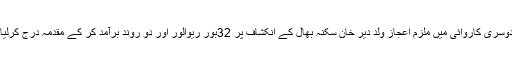
دوسری کاروائی میں ملزم اعجاز ولد دیر خان سکنہ بھال کے انکشاف پر 32بور ریوالور اور دو روند برآمد کر کے مقدمہ درج کرلیا۔